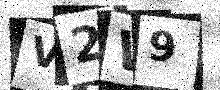
Text: V2W9